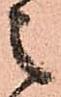
之